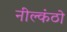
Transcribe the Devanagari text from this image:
नील्कंठो